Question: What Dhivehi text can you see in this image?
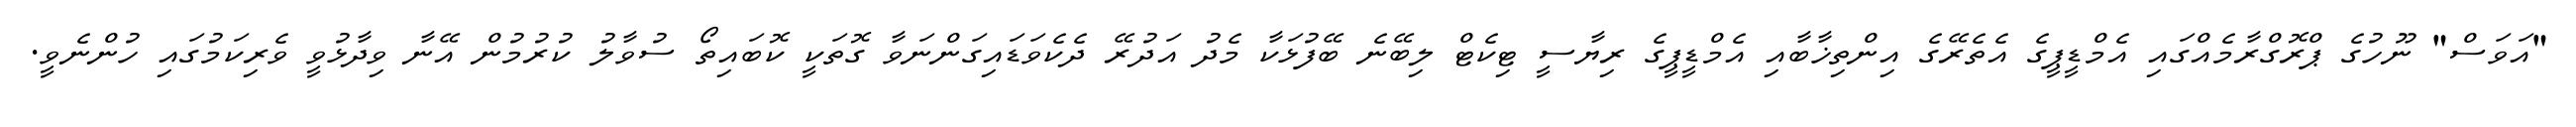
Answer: "އަވަސް" ނޫހުގެ ޕްރޮގްރާމެއްގައި އެމްޑީޕީގެ އެތެރޭގެ އިންތިޚާބާއި އެމްޑީޕީގެ ރިޔާސީ ޓިކެޓް ލިބޭނެ ބޭފުޅަކާ މެދު އަދުރޭ ދެކެވަޑައިގަންނަވާ ގޮތަކީ ކޮބައިތޯ ސުވާލު ކުރުމުން އޭނާ ވިދާޅުވީ ވެރިކަމުގައި ހުންނެވީ.